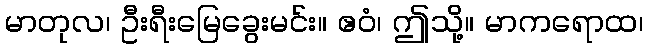
မာတုလ၊ ဦးရီးမြေခွေးမင်း။ ဧဝံ၊ ဤသို့။ မာကရောထ၊